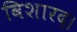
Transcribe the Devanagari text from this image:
विशारद।